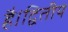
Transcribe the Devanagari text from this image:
है।द्वितीय